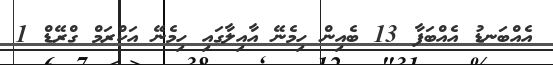
އެއްބަނޑު އެއްބަފާ 13 ބެއިން ހިމެނޭ އާއިލާގައި ހިމެނޭ އަކްރަމް ގްރޭޑް 1